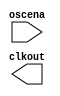

module internal_clk (
	oscena,
	clkout);	

	input		oscena;
	output		clkout;
endmodule